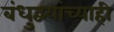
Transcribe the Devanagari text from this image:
बंधुद्वयांच्याही